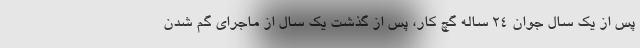
پس از یک سال جوان ۲۴ ساله گچ کار، پس از گذشت یک سال از ماجرای گم شدن